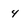
Character: 4